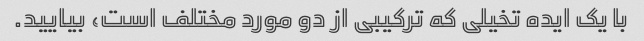
با یک ایده تخیلی که ترکیبی از دو مورد مختلف است، بیایید.